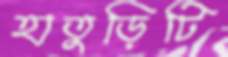
হাতুড়িটি